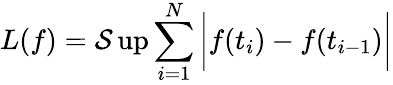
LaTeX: L(f)=\operatorname*{\mathcal{S}up}\sum_{i=1}^{N}{\bigg|}f(t_{i})-f(t_{i-1}){\bigg|}